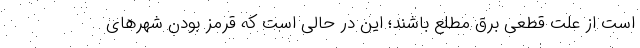
است از علت قطعی برق مطلع باشند؛ این در حالی است که قرمز بودن شهرهای